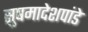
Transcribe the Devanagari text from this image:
सुषमादेशपांडे